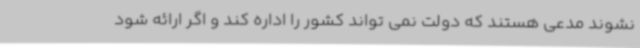
نشوند مدعی هستند که دولت نمی تواند کشور را اداره کند و اگر ارائه شود